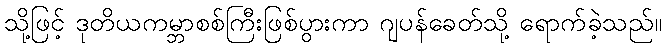
သို့ဖြင့် ဒုတိယကမ္ဘာစစ်ကြီးဖြစ်ပွားကာ ဂျပန်ခေတ်သို့ ရောက်ခဲ့သည်။